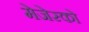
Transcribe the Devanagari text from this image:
मेजेस्‍को